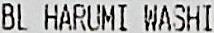
BL HARUMI WASHI